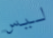
ليس